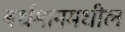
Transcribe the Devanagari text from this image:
बर्धमानमधील